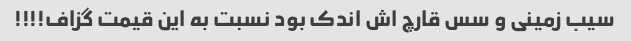
سیب زمینی و سس قارچ اش اندک بود نسبت به این قیمت گزاف!!!!